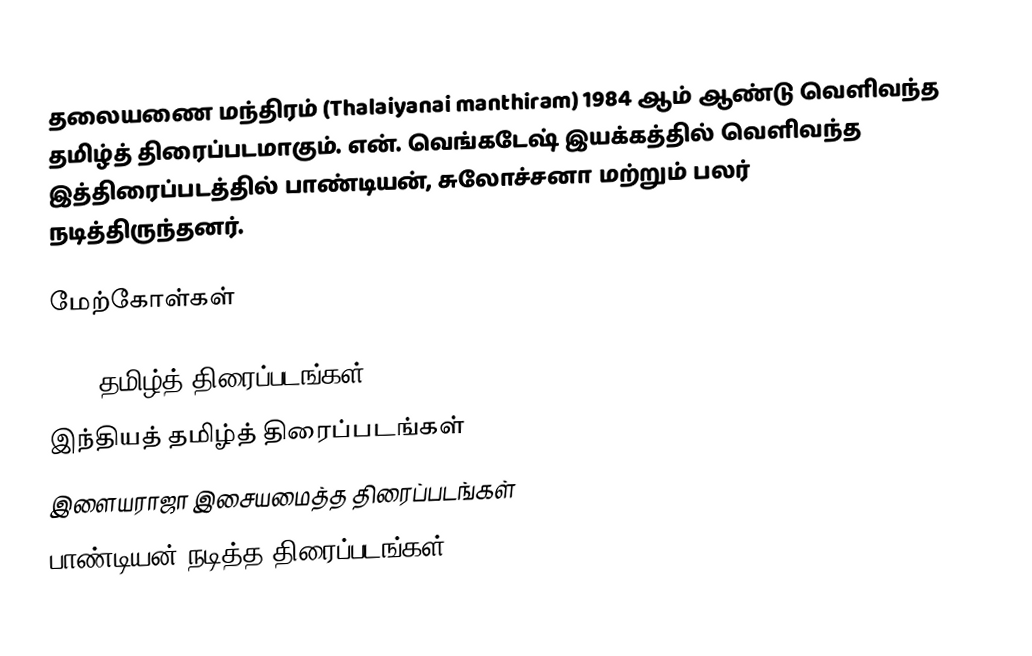
தலையணை மந்திரம் (Thalaiyanai manthiram) 1984 ஆம் ஆண்டு வெளிவந்த தமிழ்த் திரைப்படமாகும். என். வெங்கடேஷ் இயக்கத்தில் வெளிவந்த இத்திரைப்படத்தில் பாண்டியன், சுலோச்சனா மற்றும் பலர் நடித்திருந்தனர்.

மேற்கோள்கள்

1984 தமிழ்த் திரைப்படங்கள்
இந்தியத் தமிழ்த் திரைப்படங்கள்
இளையராஜா இசையமைத்த திரைப்படங்கள்
பாண்டியன் நடித்த திரைப்படங்கள்